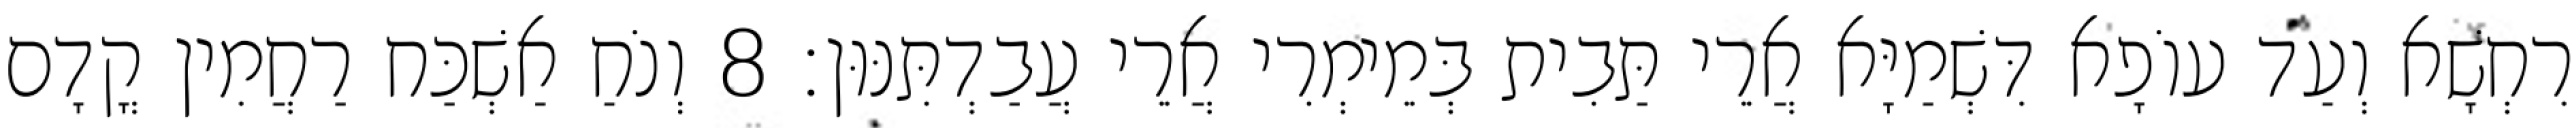
רִחְשָׁא וְעַד עוֹפָא דִּשְׁמַיָּא אֲרֵי תַּבִית בְּמֵימְרִי אֲרֵי עֲבַדְתִּנּוּן׃ 8 וְנֹחַ אַשְׁכַּח רַחֲמִין קֳדָם